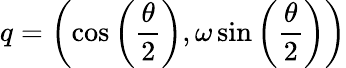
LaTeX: q=\left(\cos\left({\frac{\theta}{2}}\right),\omega\sin\left({\frac{\theta}{2}}\right)\right)